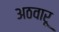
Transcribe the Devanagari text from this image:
अठवारू